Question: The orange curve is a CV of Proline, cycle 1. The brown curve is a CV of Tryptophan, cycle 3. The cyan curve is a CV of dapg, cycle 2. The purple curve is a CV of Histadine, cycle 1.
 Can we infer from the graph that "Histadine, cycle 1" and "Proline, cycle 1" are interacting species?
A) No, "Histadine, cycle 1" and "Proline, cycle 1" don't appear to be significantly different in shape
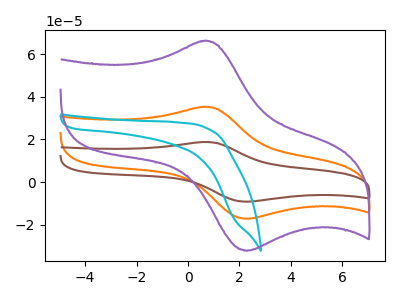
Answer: <think>The orange curve "Proline, cycle 1" has an anodic peak at (0.60V, 35.25uA) and a cathodic peak at (2.30V, -17.10uA). The brown curve "Tryptophan, cycle 3" has an anodic peak at (0.60V, 70.45uA) and a cathodic peak at (2.30V, -34.20uA). The cyan curve "dapg, cycle 2" has no peaks. The purple curve "Histadine, cycle 1" has an anodic peak at (0.60V, 66.10uA) and a cathodic peak at (2.30V, -32.10uA).
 All the peaks in "Histadine, cycle 1" have a peak in "Proline, cycle 1" at the same potential. Every peak in "Histadine, cycle 1" is higher than every peak in "Proline, cycle 1".</think>
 <answer>A) No, "Histadine, cycle 1" and "Proline, cycle 1" don't appear to be significantly different in shape</answer>
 <eval>A</eval>